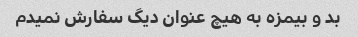
بد و بیمزه به هیچ عنوان دیگ سفارش نمیدم